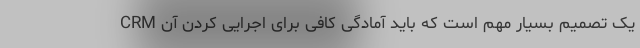
CRM یک تصمیم بسیار مهم است که باید آمادگی کافی برای اجرایی کردن آن